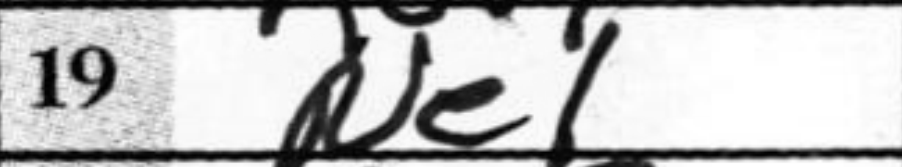
Transcription: Ne1